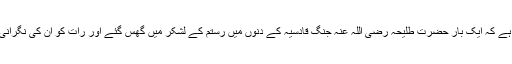
مشہور واقعہ ہے کہ ایک بار حضرت طلیحہ رضی اللہ عنہ جنگ قادسیہ کے دنوں میں رستم کے لشکر میں گھس گئے اور رات کو ان کی نگرانی کرتے رہے۔